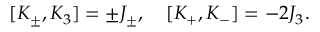
[ K _ { \pm } , K _ { 3 } ] = \pm J _ { \pm } , \quad [ K _ { + } , K _ { - } ] = - 2 J _ { 3 } .